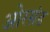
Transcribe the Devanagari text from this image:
ओरसंड